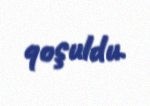
qoşuldu.